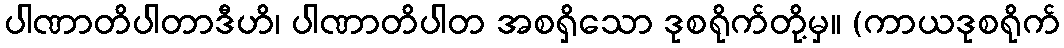
ပါဏာတိပါတာဒီဟိ၊ ပါဏာတိပါတ အစရှိသော ဒုစရိုက်တို့မှ။ (ကာယဒုစရိုက်